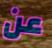
عن